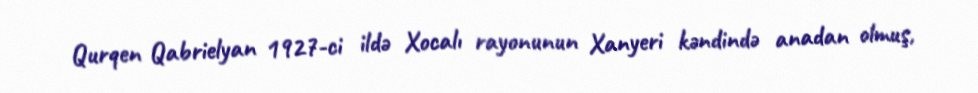
Qurqen Qabrielyan 1927-ci ildə Xocalı rayonunun Xanyeri kəndində anadan olmuş,